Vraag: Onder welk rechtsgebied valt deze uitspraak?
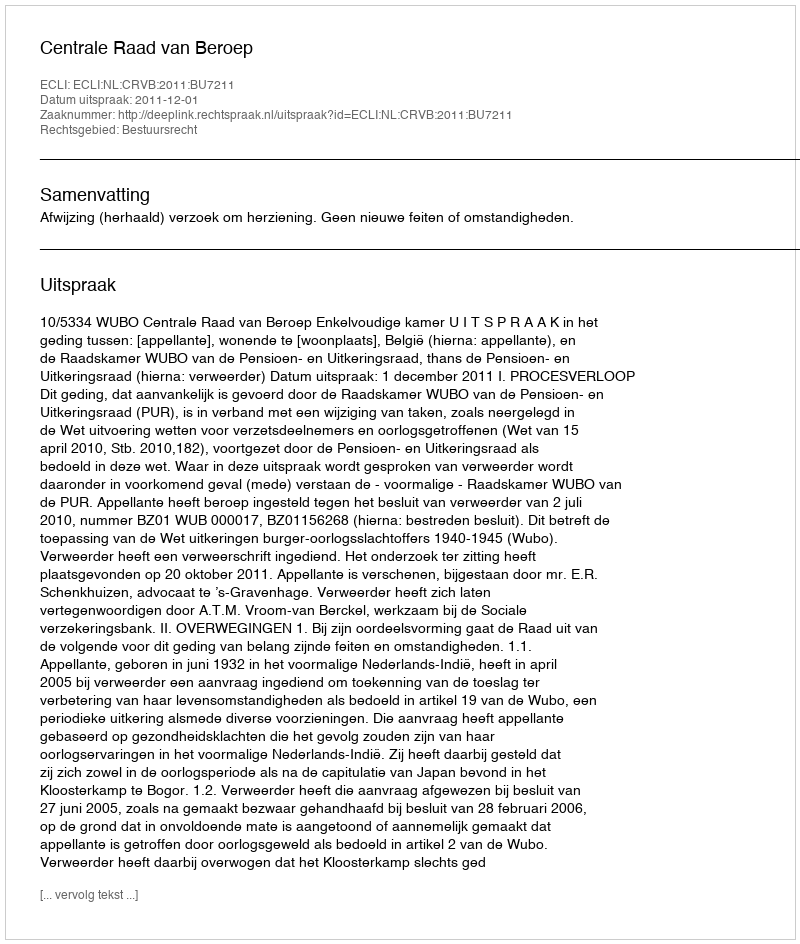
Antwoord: Bestuursrecht